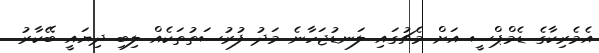
އެމެރިކާގެ ޑެމްޕްސީ އަށް މެޗުގައި ލަނޑުޖަހާނެ މަދު ފުރުސަތުތަކެއް ލިބި ދިޔައީ ބޭކާރު